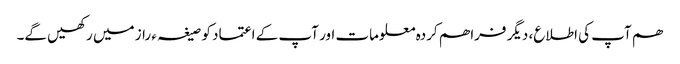
ھم آپ کی اطلاع، دیگر فراھم کردہ معلومات اور آپ کے اعتماد کو صیغہ ء راز میں رکھیں گے۔